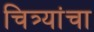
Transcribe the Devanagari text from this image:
चित्र्यांचा